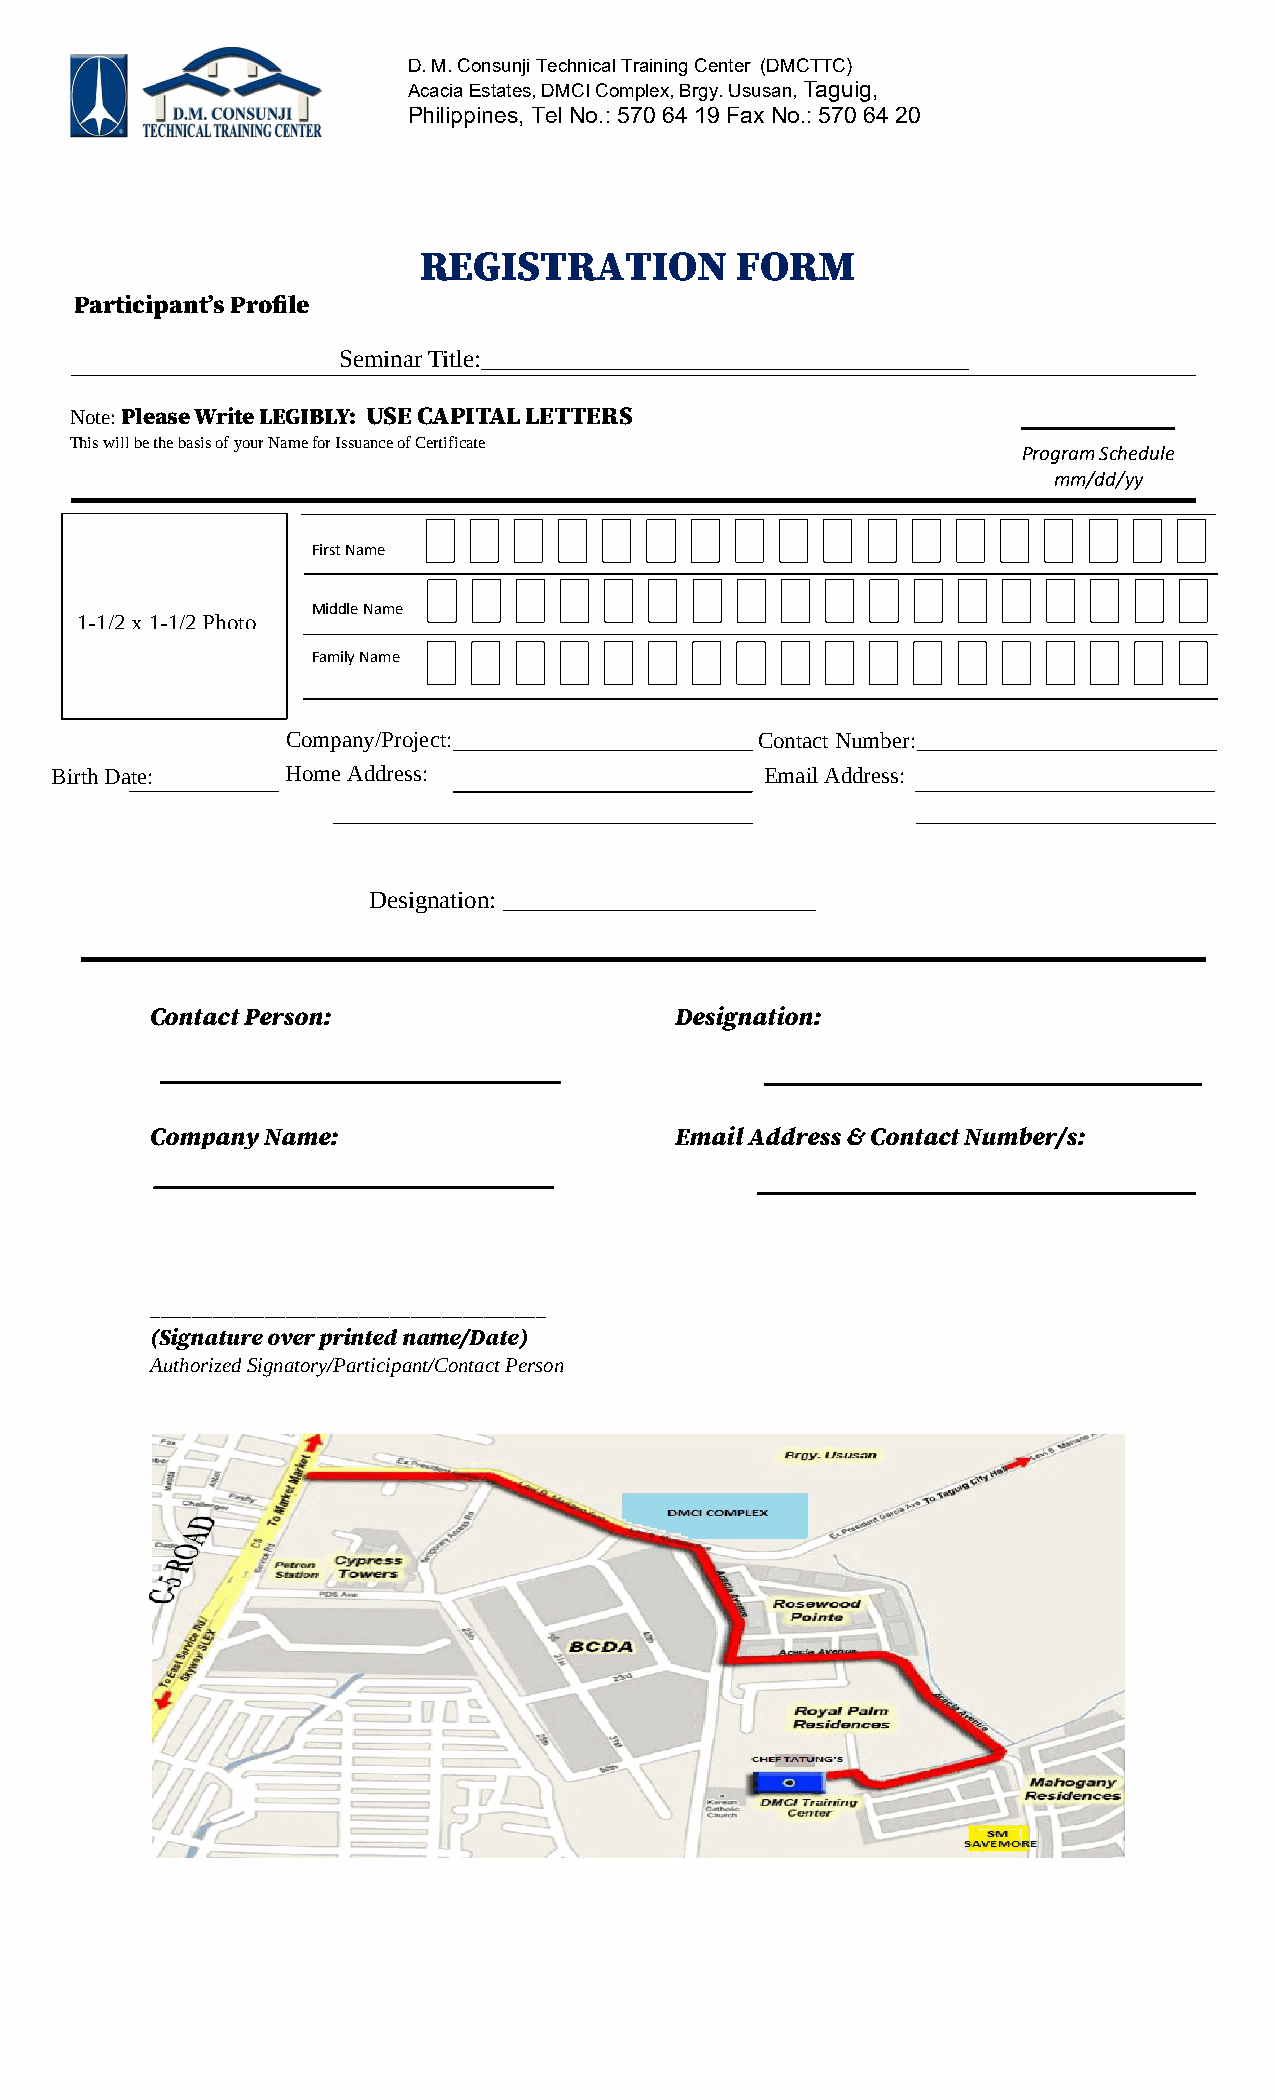
D.M. Consunji Technical Training Center (DMCTTC)
 Acacia Estates, DMCI Complex, Brgy. Ususan, Taguig,
 Philippines, Tel No.: 570 64 19 Fax No.: 570 64 20
 REGISTRATION         FORM
 Participant’s Profile
 Seminar Title:_______________________________________
 Note: Please Write LEGIBLY: USE CAPITAL LETTERS
 This will be the basis of your Name for Issuance of Certificate
 Program Schedule
 mm/dd/yy
 First Name
 Middle Name
 1-1/2 x 1-1/2 Photo
 Family Name
 Company/Projec t:              Contact Number:
 Birth Date:     Home Address:                   Email Address:
 Designation: _________________________
 Contact Person:                    Designation:
 Company Name:                      Email Address & Contact Number/s:
 ______________________________________
 (Signature over printed name/Date)
 Authorized Signatory/Participant/Contact Person